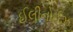
ઈલીનોઈઝ